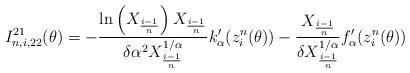
LaTeX: \begin{align*}I_{n,i,22}^{21}(\theta) = - \frac{ \ln \left(X_{\frac{i-1}{n}}\right) X_{\frac{i-1}{n}} }{\delta \alpha^2 X_{\frac{i-1}{n}}^{1/ \alpha}} k'_\alpha (z^n_i(\theta)) - \frac{X_{\frac{i-1}{n}}}{\delta X_{\frac{i-1}{n}}^{1/ \alpha}} f'_\alpha (z^n_i(\theta))\end{align*}